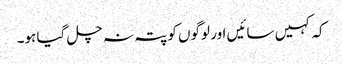
کہ کہیں سائیں اور لوگوں کو پتہ نہ چل گیا ہو۔